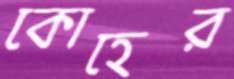
কোহের